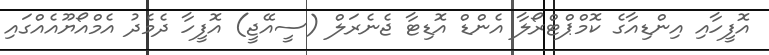
އޮފީހާއި އިންޑިއާގެ ކޮމްޕްޓްރޯލާ އެންޑް އޮޑިޓާ ޖެެނެރަލް (ސީއޭޖީ) އޮފީހާ ދެމެދު އެމްއޯޔޫއެއްގައި